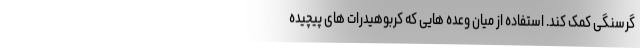
گرسنگی کمک کند. استفاده از میان وعده هایی که کربوهیدرات های پیچیده